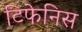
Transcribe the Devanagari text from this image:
टिफेनिस